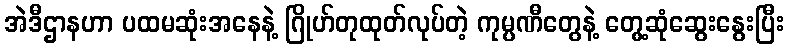
အဲဒီဌာနဟာ ပထမဆုံးအနေနဲ့ ဂြိုဟ်တုထုတ်လုပ်တဲ့ ကုမ္ပဏီတွေနဲ့ တွေ့ဆုံဆွေးနွေးပြီး